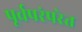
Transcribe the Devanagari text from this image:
पूर्वपरंपरेत